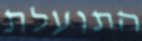
התועלת